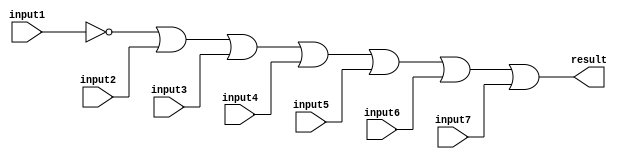
// This program was cloned from: https://github.com/RonnyA/nd-120
// License: MIT License

/******************************************************************************
 ** Logisim-evolution goes FPGA automatic generated Verilog code             **
 ** https://github.com/logisim-evolution/                                    **
 **                                                                          **
 ** Component : OR_GATE_7_INPUTS                                             **
 **                                                                          **
 *****************************************************************************/

module OR_GATE_7_INPUTS( input1,
                         input2,
                         input3,
                         input4,
                         input5,
                         input6,
                         input7,
                         result );

   /*******************************************************************************
   ** Here all module parameters are defined with a dummy value                  **
   *******************************************************************************/
   parameter [64:0] BubblesMask = 1;

   /*******************************************************************************
   ** The inputs are defined here                                                **
   *******************************************************************************/
   input input1;
   input input2;
   input input3;
   input input4;
   input input5;
   input input6;
   input input7;

   /*******************************************************************************
   ** The outputs are defined here                                               **
   *******************************************************************************/
   output result;

   /*******************************************************************************
   ** The wires are defined here                                                 **
   *******************************************************************************/
   wire s_realInput1;
   wire s_realInput2;
   wire s_realInput3;
   wire s_realInput4;
   wire s_realInput5;
   wire s_realInput6;
   wire s_realInput7;

   /*******************************************************************************
   ** The module functionality is described here                                 **
   *******************************************************************************/

   /*******************************************************************************
   ** Here the bubbles are processed                                             **
   *******************************************************************************/
   assign  s_realInput1 = (BubblesMask[0] == 1'b0) ? input1 : ~input1;
   assign  s_realInput2 = (BubblesMask[1] == 1'b0) ? input2 : ~input2;
   assign  s_realInput3 = (BubblesMask[2] == 1'b0) ? input3 : ~input3;
   assign  s_realInput4 = (BubblesMask[3] == 1'b0) ? input4 : ~input4;
   assign  s_realInput5 = (BubblesMask[4] == 1'b0) ? input5 : ~input5;
   assign  s_realInput6 = (BubblesMask[5] == 1'b0) ? input6 : ~input6;
   assign  s_realInput7 = (BubblesMask[6] == 1'b0) ? input7 : ~input7;

   /*******************************************************************************
   ** Here the functionality is defined                                          **
   *******************************************************************************/
   assign result = s_realInput1|
                   s_realInput2|
                   s_realInput3|
                   s_realInput4|
                   s_realInput5|
                   s_realInput6|
                   s_realInput7;

endmodule